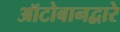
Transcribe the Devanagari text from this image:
ऑटोबानद्वारे